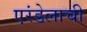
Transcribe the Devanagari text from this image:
एरंडेलाची